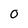
Character: 0